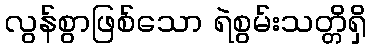
လွန်စွာဖြစ်သော ရဲစွမ်းသတ္တိရှိ